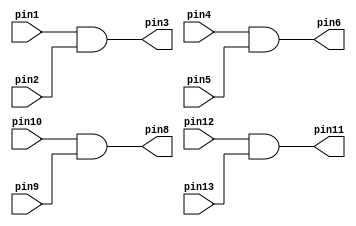
module and_2 (pin1, pin2, pin4, pin5,pin9, pin10, pin12, pin13, pin3, pin6, pin8, pin11);
				input pin1, pin2, pin4, pin5,pin9, pin10, pin12, pin13;
				output pin3, pin6, pin8, pin11;
				assign pin3 = (pin1 & pin2);
				assign pin6 = (pin4 & pin5);
				assign pin8 = (pin10 & pin9);
				assign pin11 = (pin12 & pin13);
endmodule

module or_2 (input pin1, pin2, pin4, pin5, pin10, pin9, pin12, pin13, 
						output pin3, pin6, pin8, pin11);
				assign pin3 = (pin1 | pin2);
				assign pin6 = (pin4 | pin5);
				assign pin8 = (pin10 | pin9);
				assign pin11 = (pin12 | pin13);
endmodule

module inverter (input pin1, pin3, pin5, pin8, pin10, pin12, 
						output pin2, pin4, pin6, pin9, pin11, pin13);
				assign pin2 = ~pin1;
				assign pin4 = ~pin3;
				assign pin6 = ~pin5;
				assign pin9 = ~pin8;
				assign pin11 = ~pin10;
				assign pin13 = ~pin12;
endmodule

module mux2to1 (SW, LEDR);
				input [9:0] SW;
				output [9:0] LEDR;
				wire w1, w2, w3;
				inverter u1 (.pin1(SW[9]), .pin2(w1));
				and_2 u2 (.pin1(SW[0]), .pin4(SW[1]), .pin2(SW[9]), .pin5(w1), .pin3(w2), .pin6(w3));
				or_2 u3 (.pin1(w2), .pin2(w3), .pin3(LEDR[0]));
endmodule